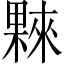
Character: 𣛤